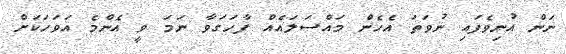
ނަން އުނިވެފައި ނުވަތަ އެހެން މައްސަލައެއް ފާހަގަވާ ނަމަ ވީ އެންމެ އަވަހަކަށް